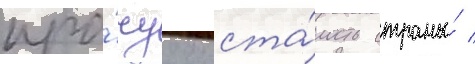
про́чуу отста́лость страны́ /